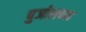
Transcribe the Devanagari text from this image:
पुजोलच्या